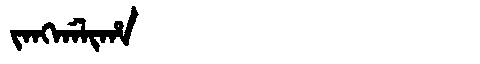
Manchu: ᠵᠠᠩᡤᠠᠯᡳᡥᠠ
Romanization: JANGGALIHA